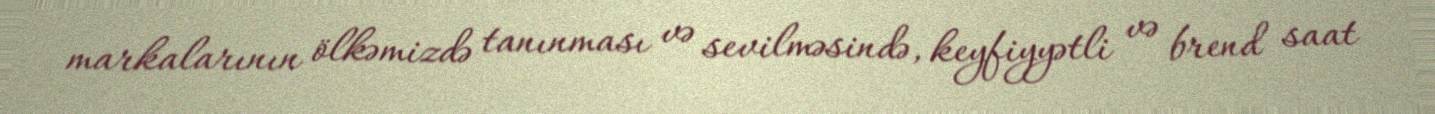
markalarının ölkəmizdə tanınması və sevilməsində, keyfiyyətli və brend saat